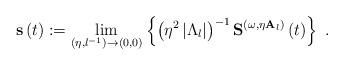
LaTeX: \begin{align*}\mathbf{s}\left( t\right) :=\underset{(\eta ,l^{-1})\rightarrow (0,0)}{\lim }\left\{ \left( \eta ^{2}\left\vert \Lambda _{l}\right\vert \right) ^{-1}\mathbf{S}^{(\omega ,\eta \mathbf{A}_{l})}\left( t\right) \right\} \ .\end{align*}